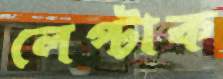
লেপ্‌টাক